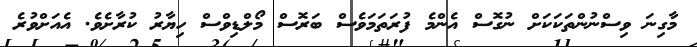
މާގިނަ ވިސްނުންތަކަކަށް ނުގޮސް އެންމެ ފުރަތަމަވެސް ބަރޮސް މޯލްޑިވްސް ހިޔާރު ކުރާށެވެ. އެއަށްވުރެ